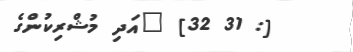
[: 31 32] "އަދި މުޝްރިކުންގެ